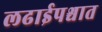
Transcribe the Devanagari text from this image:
लढाईपश्चात